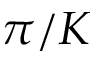
\pi / K